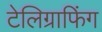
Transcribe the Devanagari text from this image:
टेलिग्राफिंग